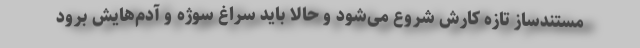
مستندساز تازه کارش شروع می‌شود و حالا باید سراغ سوژه و آدم‌هایش برود